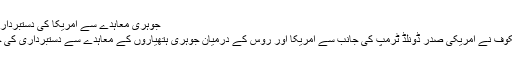
جوہری معاہدے سے امریکا کی دستبرداری خطرناک ہے، روسی نائب وزیر خارجہ
روس کے نائب وزیر خارجہ سیرگئی ریابکوف نے امريکی صدر ڈونلڈ ٹرمپ کی جانب سے امریکا اور روس کے درمیان جوہری ہتھیاروں کے معاہدے سے دستبرداری کی خواہش کو ایک ’خطرناک قدم‘ قرار دیا ہے۔